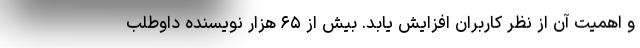
و اهمیت آن از نظر کاربران افزایش یابد. بیش از ۶۵ هزار نویسنده داوطلب